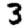
Digit: 3